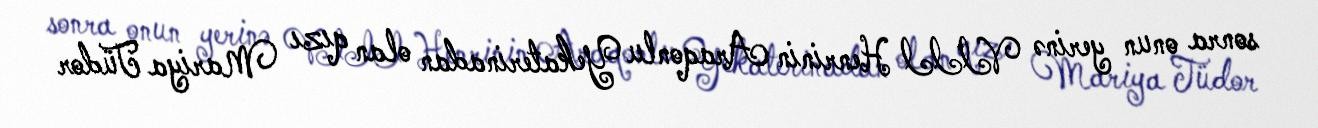
sonra onun yerinə VIII Henrinin Araqonlu Yekaterinadan olan qızı Mariya Tüdor